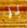
بر